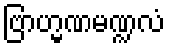
ဗြာဟ္မဏမဏ္ဍလံ